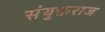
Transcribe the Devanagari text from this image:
संयुक्तराज